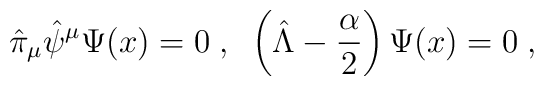
\hat{\pi}_\mu\hat{\psi}^\mu  \Psi (x)=0\;,\;\;\left(\hat{\Lambda}-\frac{\alpha}{2}\right)\Psi (x)=0\;,